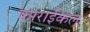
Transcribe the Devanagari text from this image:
काराईकल